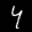
Label: 4